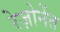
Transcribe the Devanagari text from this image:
रेज़ोनेंत